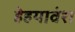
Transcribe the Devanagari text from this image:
हेहयावंश